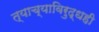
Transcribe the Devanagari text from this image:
त्याच्याविरुद्धही